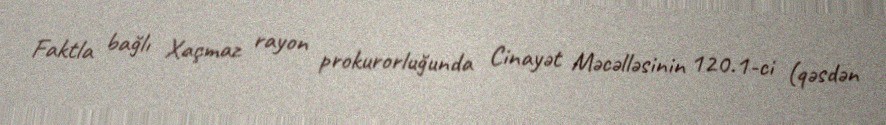
Faktla bağlı Xaçmaz rayon prokurorluğunda Cinayət Məcəlləsinin 120.1-ci (qəsdən